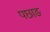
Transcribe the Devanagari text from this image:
पछाङ